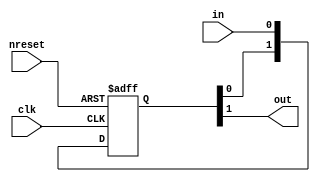
// This program was cloned from: https://github.com/aolofsson/oh
// License: MIT License

//#############################################################################
//# Function: Data Syncrhonizer                                               #
//#############################################################################
//# Author:   Andreas Olofsson                                                #
//# License:  MIT (see LICENSE file in OH! repository)                        #
//#############################################################################

module asic_dsync #(parameter PROP = "DEFAULT")   (
    input  clk,    // clock
    input  nreset, // async active low reset
    input  in,     // input data
    output out     // synchronized data
    );

   localparam SYNCPIPE=2;

   reg [SYNCPIPE-1:0] sync_pipe;
   always @ (posedge clk or negedge nreset)
     if(!nreset)
       sync_pipe[SYNCPIPE-1:0] <= 'b0;
     else
       sync_pipe[SYNCPIPE-1:0] <= {sync_pipe[SYNCPIPE-1:0],in};

   assign out = sync_pipe[SYNCPIPE-1];

endmodule